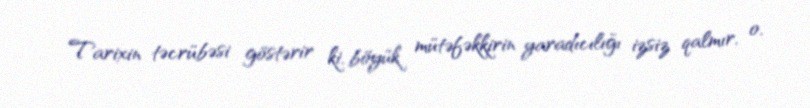
Tarixin təcrübəsi göstərir ki, böyük mütəfəkkirin yaradıcılığı izsiz qalmır, o,